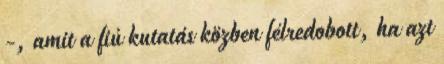
-, amit a fiú kutatás közben félredobott, ha azt